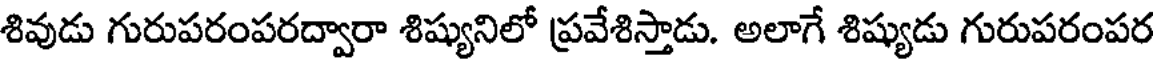
శివుడు గురుపరంపరద్వారా శిష్యునిలో ప్రవేశిస్తాడు. అలాగే శిష్యుడు గురుపరంపర